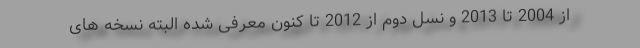
از 2004 تا 2013 و نسل دوم از 2012 تا کنون معرفی شده البته نسخه های